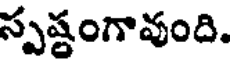
స్పష్టంగావుంది.